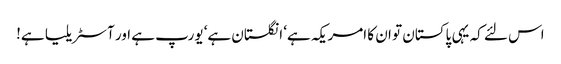
اس لئے کہ یہی پاکستان تو ان کا امریکہ ہے‘ انگلستان ہے‘ یورپ ہے اور آسٹریلیا ہے!